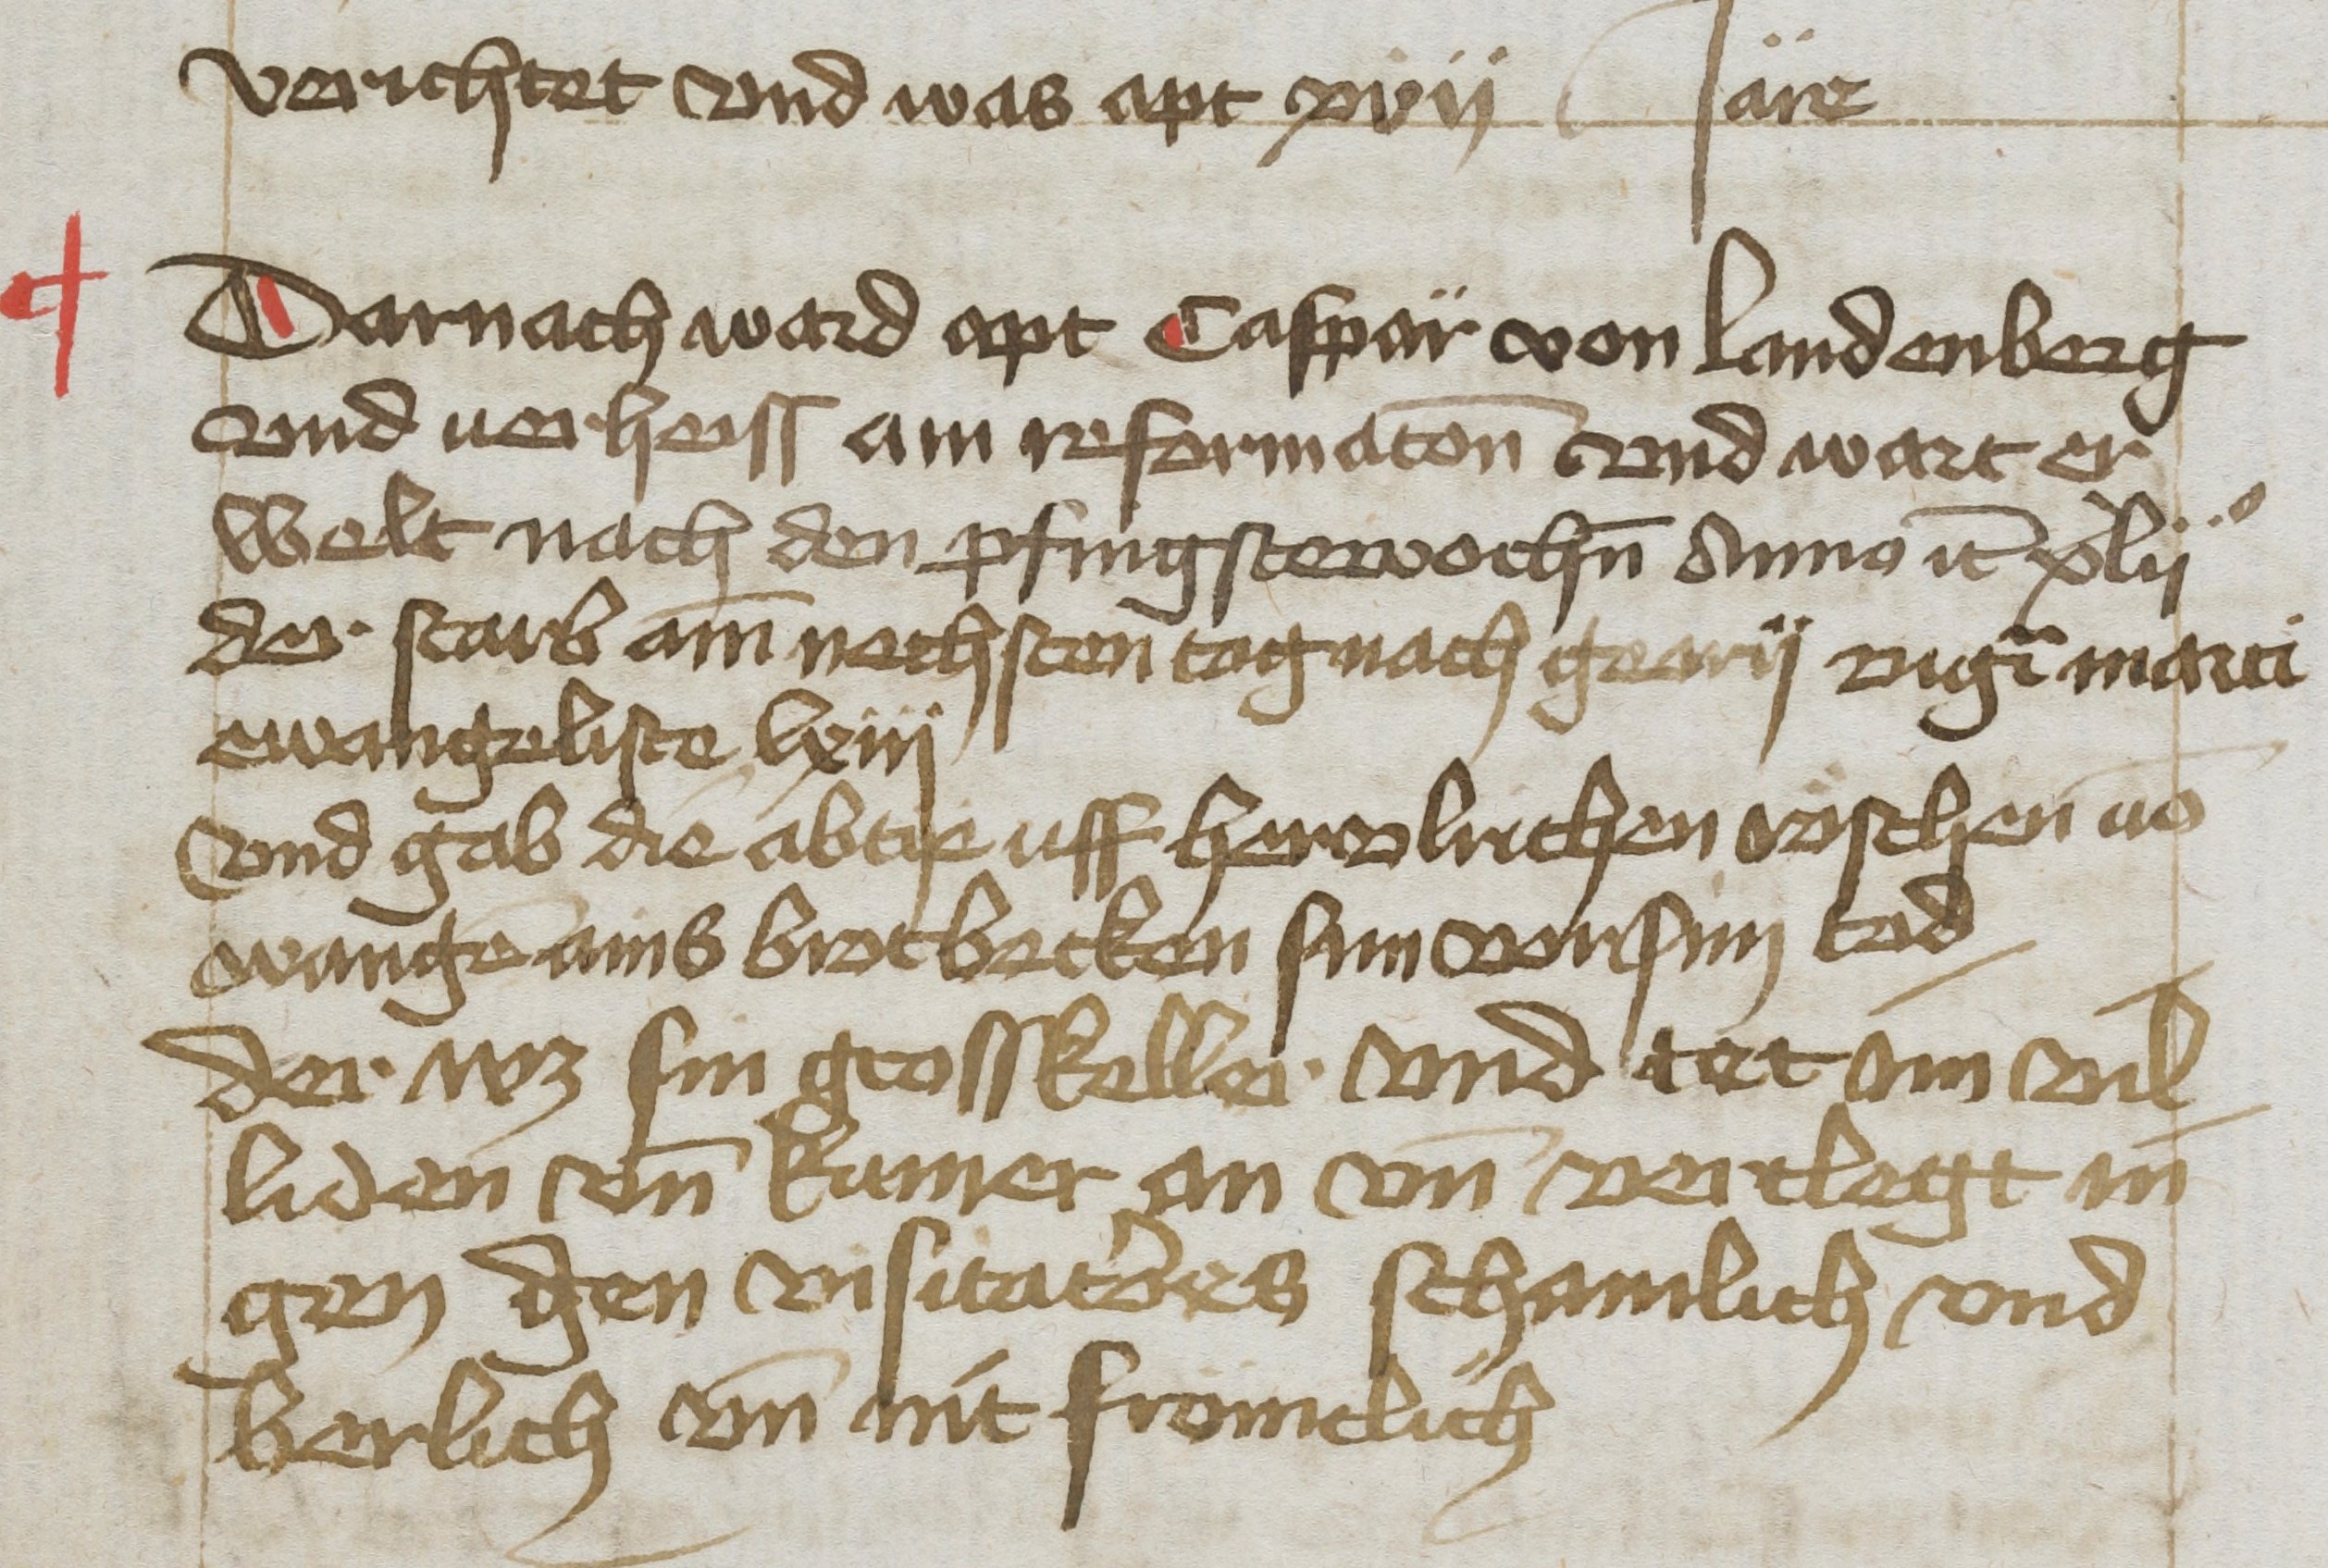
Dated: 1455–1465